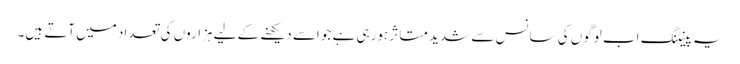
یہ پینٹنگ اب لوگوں کی سانس سے شدید متاثر ہورہی ہے جو اسے دیکھنے کے لیے ہزاروں کی تعداد میں آتے ہیں۔